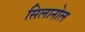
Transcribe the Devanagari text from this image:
सिलानोल